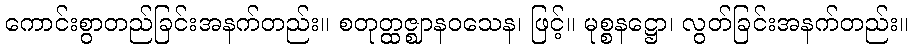
ကောင်းစွာတည်ခြင်းအနက်တည်း။ စတုတ္ထဇ္ဈာနဝသေန၊ ဖြင့်။ မုစ္စနဋ္ဌော၊ လွတ်ခြင်းအနက်တည်း။